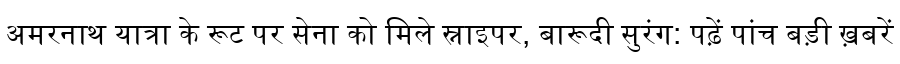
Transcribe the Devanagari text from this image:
अमरनाथ यात्रा के रूट पर सेना को मिले स्नाइपर, बारूदी सुरंग: पढ़ें पांच बड़ी ख़बरें